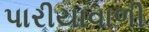
પારીયાવાળી